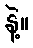
နဲ့။